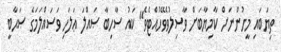
ތިޔަބައި މީހުންނަށް ކާމިޔާބަށް ވާސިލުވެވޭހުއްޓެވެ" ކައު ސާހިބާ ޞައްލަ ޢަލަހި ވަސައްލަމަގެ ޞަޙާބީ